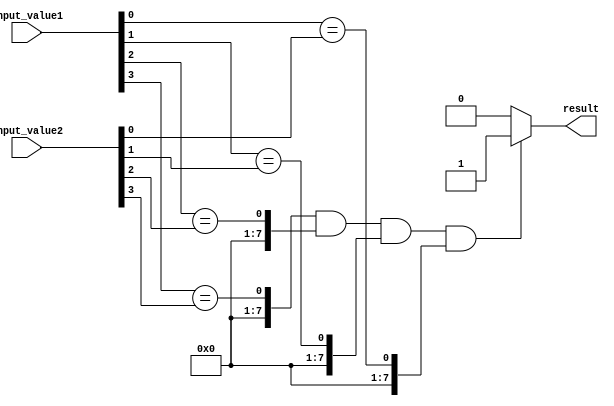
module parallel_comparator (
    input [7:0] input_value1,
    input [7:0] input_value2,
    output reg result
);

wire [7:0] temp_result [3:0];

// First stage of comparison
assign temp_result[0] = input_value1[0] == input_value2[0];

// Second stage of comparison
assign temp_result[1] = input_value1[1] == input_value2[1];

// Third stage of comparison
assign temp_result[2] = input_value1[2] == input_value2[2];

// Final stage of comparison
assign temp_result[3] = input_value1[3] == input_value2[3];

// Determine final result
always @(*) begin
    if (temp_result[3] && temp_result[2] && temp_result[1] && temp_result[0]) begin
        result = 1;
    end
    else begin
        result = 0;
    end
end

endmodule